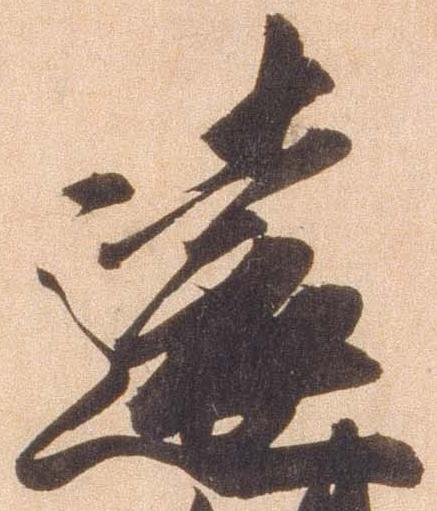
遠